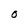
Character: O